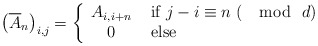
\begin{align*} \left( \overline{A}_n \right) _{i,j} = \left\{ \begin{array}{cl} A_{i, i+n} & \textrm{ if $j-i \equiv n \ (\mod \ d)$ } \\0 & \textrm{ else} \end{array} \right. \end{align*}